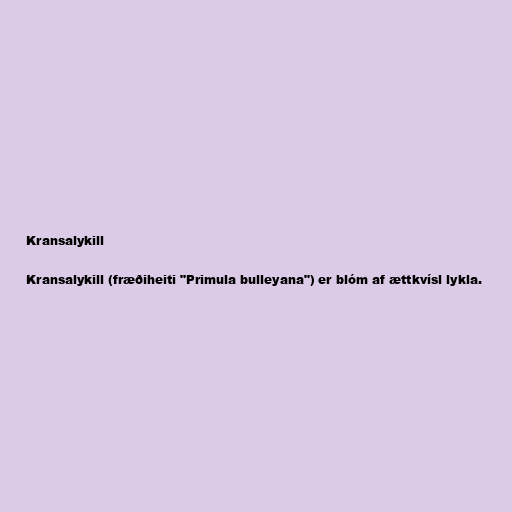
Kransalykill

Kransalykill (fræðiheiti "Primula bulleyana") er blóm af ættkvísl lykla.